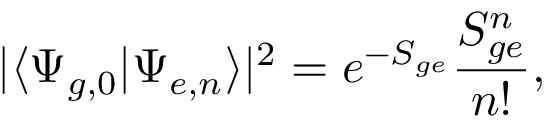
| \langle \Psi _ { g , 0 } | \Psi _ { e , n } \rangle | ^ { 2 } = e ^ { - S _ { g e } } \frac { S _ { g e } ^ { n } } { n ! } ,